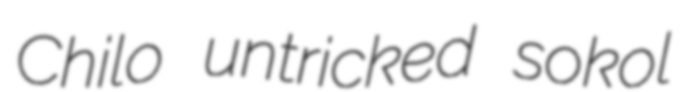
Chilo untricked sokol